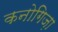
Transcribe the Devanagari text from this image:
कनोगिज़ा